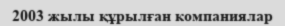
2003 жылы құрылған компаниялар